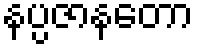
နပ္ပဇာနတော